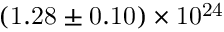
\mathrm { { ( 1 . 2 8 \pm 0 . 1 0 ) \times 1 0 ^ { 2 4 } } }